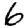
Digit: 6